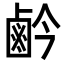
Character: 鹶